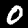
Digit: 0